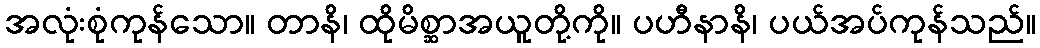
အလုံးစုံကုန်သော။ တာနိ၊ ထိုမိစ္ဆာအယူတို့ကို။ ပဟီနာနိ၊ ပယ်အပ်ကုန်သည်။